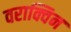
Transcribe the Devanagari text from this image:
वराक्विन